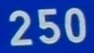
250